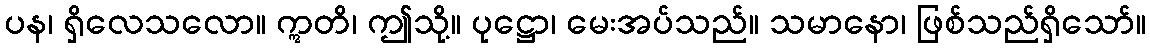
ပန၊ ရှိလေသလော။ ဣတိ၊ ဤသို့။ ပုဋ္ဌော၊ မေးအပ်သည်။ သမာနော၊ ဖြစ်သည်ရှိသော်။